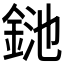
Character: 𨦥